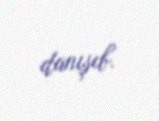
danışıb.